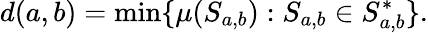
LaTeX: d(a,b)=\operatorname*{min}\{ \mu(S_{a,b}):S_{a,b}\in S_{a,b}^{*}\} .